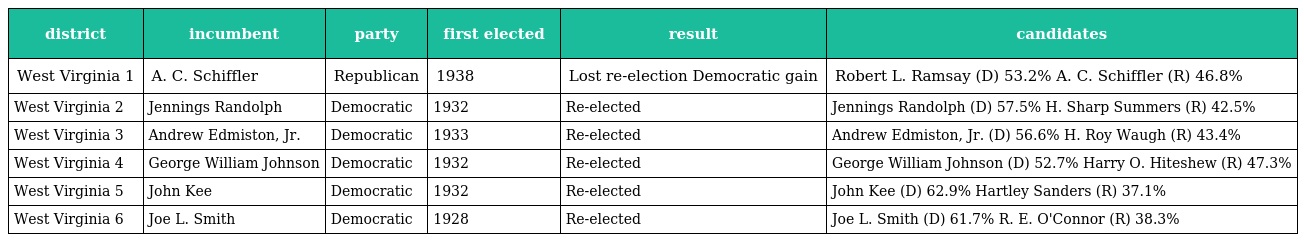
| district | incumbent | party | first elected | result | candidates |
 | --- | --- | --- | --- | --- | --- |
 | West Virginia 1 | A. C. Schiffler | Republican | 1938 | Lost re-election Democratic gain | Robert L. Ramsay (D) 53.2% A. C. Schiffler (R) 46.8% |
 | West Virginia 2 | Jennings Randolph | Democratic | 1932 | Re-elected | Jennings Randolph (D) 57.5% H. Sharp Summers (R) 42.5% |
 | West Virginia 3 | Andrew Edmiston, Jr. | Democratic | 1933 | Re-elected | Andrew Edmiston, Jr. (D) 56.6% H. Roy Waugh (R) 43.4% |
 | West Virginia 4 | George William Johnson | Democratic | 1932 | Re-elected | George William Johnson (D) 52.7% Harry O. Hiteshew (R) 47.3% |
 | West Virginia 5 | John Kee | Democratic | 1932 | Re-elected | John Kee (D) 62.9% Hartley Sanders (R) 37.1% |
 | West Virginia 6 | Joe L. Smith | Democratic | 1928 | Re-elected | Joe L. Smith (D) 61.7% R. E. O'Connor (R) 38.3% |